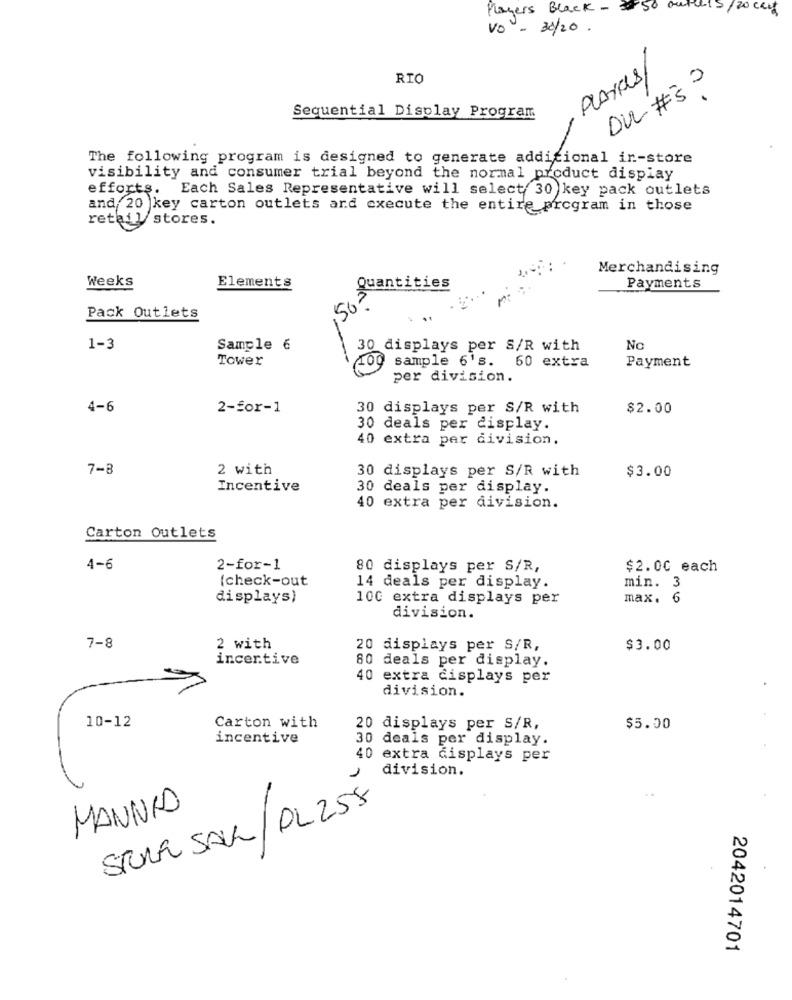
Players Black - 350 outlets/20 cars
Vo - 30/20.
RIO
PLAYKUS/
Sequential Display Program
The following program is designed to generate addicional in-store
visibility and consumer trial beyond the normal product display
efforts. Each Sales Representative will select 30 key pack outlets
and 20 key carton outlets and execute the entire program in those
retail stores.
Merchandising
Weeks
Elements
Quantities
Payments
50.
Pack Outlets
1-3
Sample 6
30 displays per S/R with
No
Tower
60 extra
100 sample 6's.
Payment
per division.
4-6
2-for-1
30 displays per S/R with
$2.00
30 deals per display.
40 extra per division.
7-8
2 with
30 displays per S/R with
$3.00
Incentive
30 deals per display.
40 extra per division.
Carton Outlets
4-6
2-for-1
80 displays per S/R,
$2.00 each
(check-out
14 deals per display.
min. 3
displays)
100 extra displays per
max. 6
division.
7-8
2 with
20 displays per S/R,
$3.00
incentive
80 deals per display.
40 extra displays per
division.
10-12
Carton with
20 displays per S/R,
$5.00
incentive
30 deals per display.
40 extra displays per
division.
MANNIO
STORE SALL / PL 258
2042014701